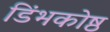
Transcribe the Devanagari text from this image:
डिंभकोष्ठ